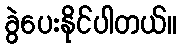
ခွဲပေးနိုင်ပါတယ်။